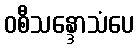
ဝစီသန္ဒောသံပေ